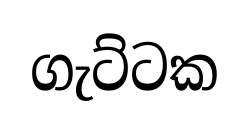
ගැට්ටක